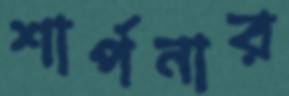
শার্পনার